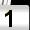
Digit: 1